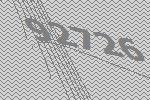
92726